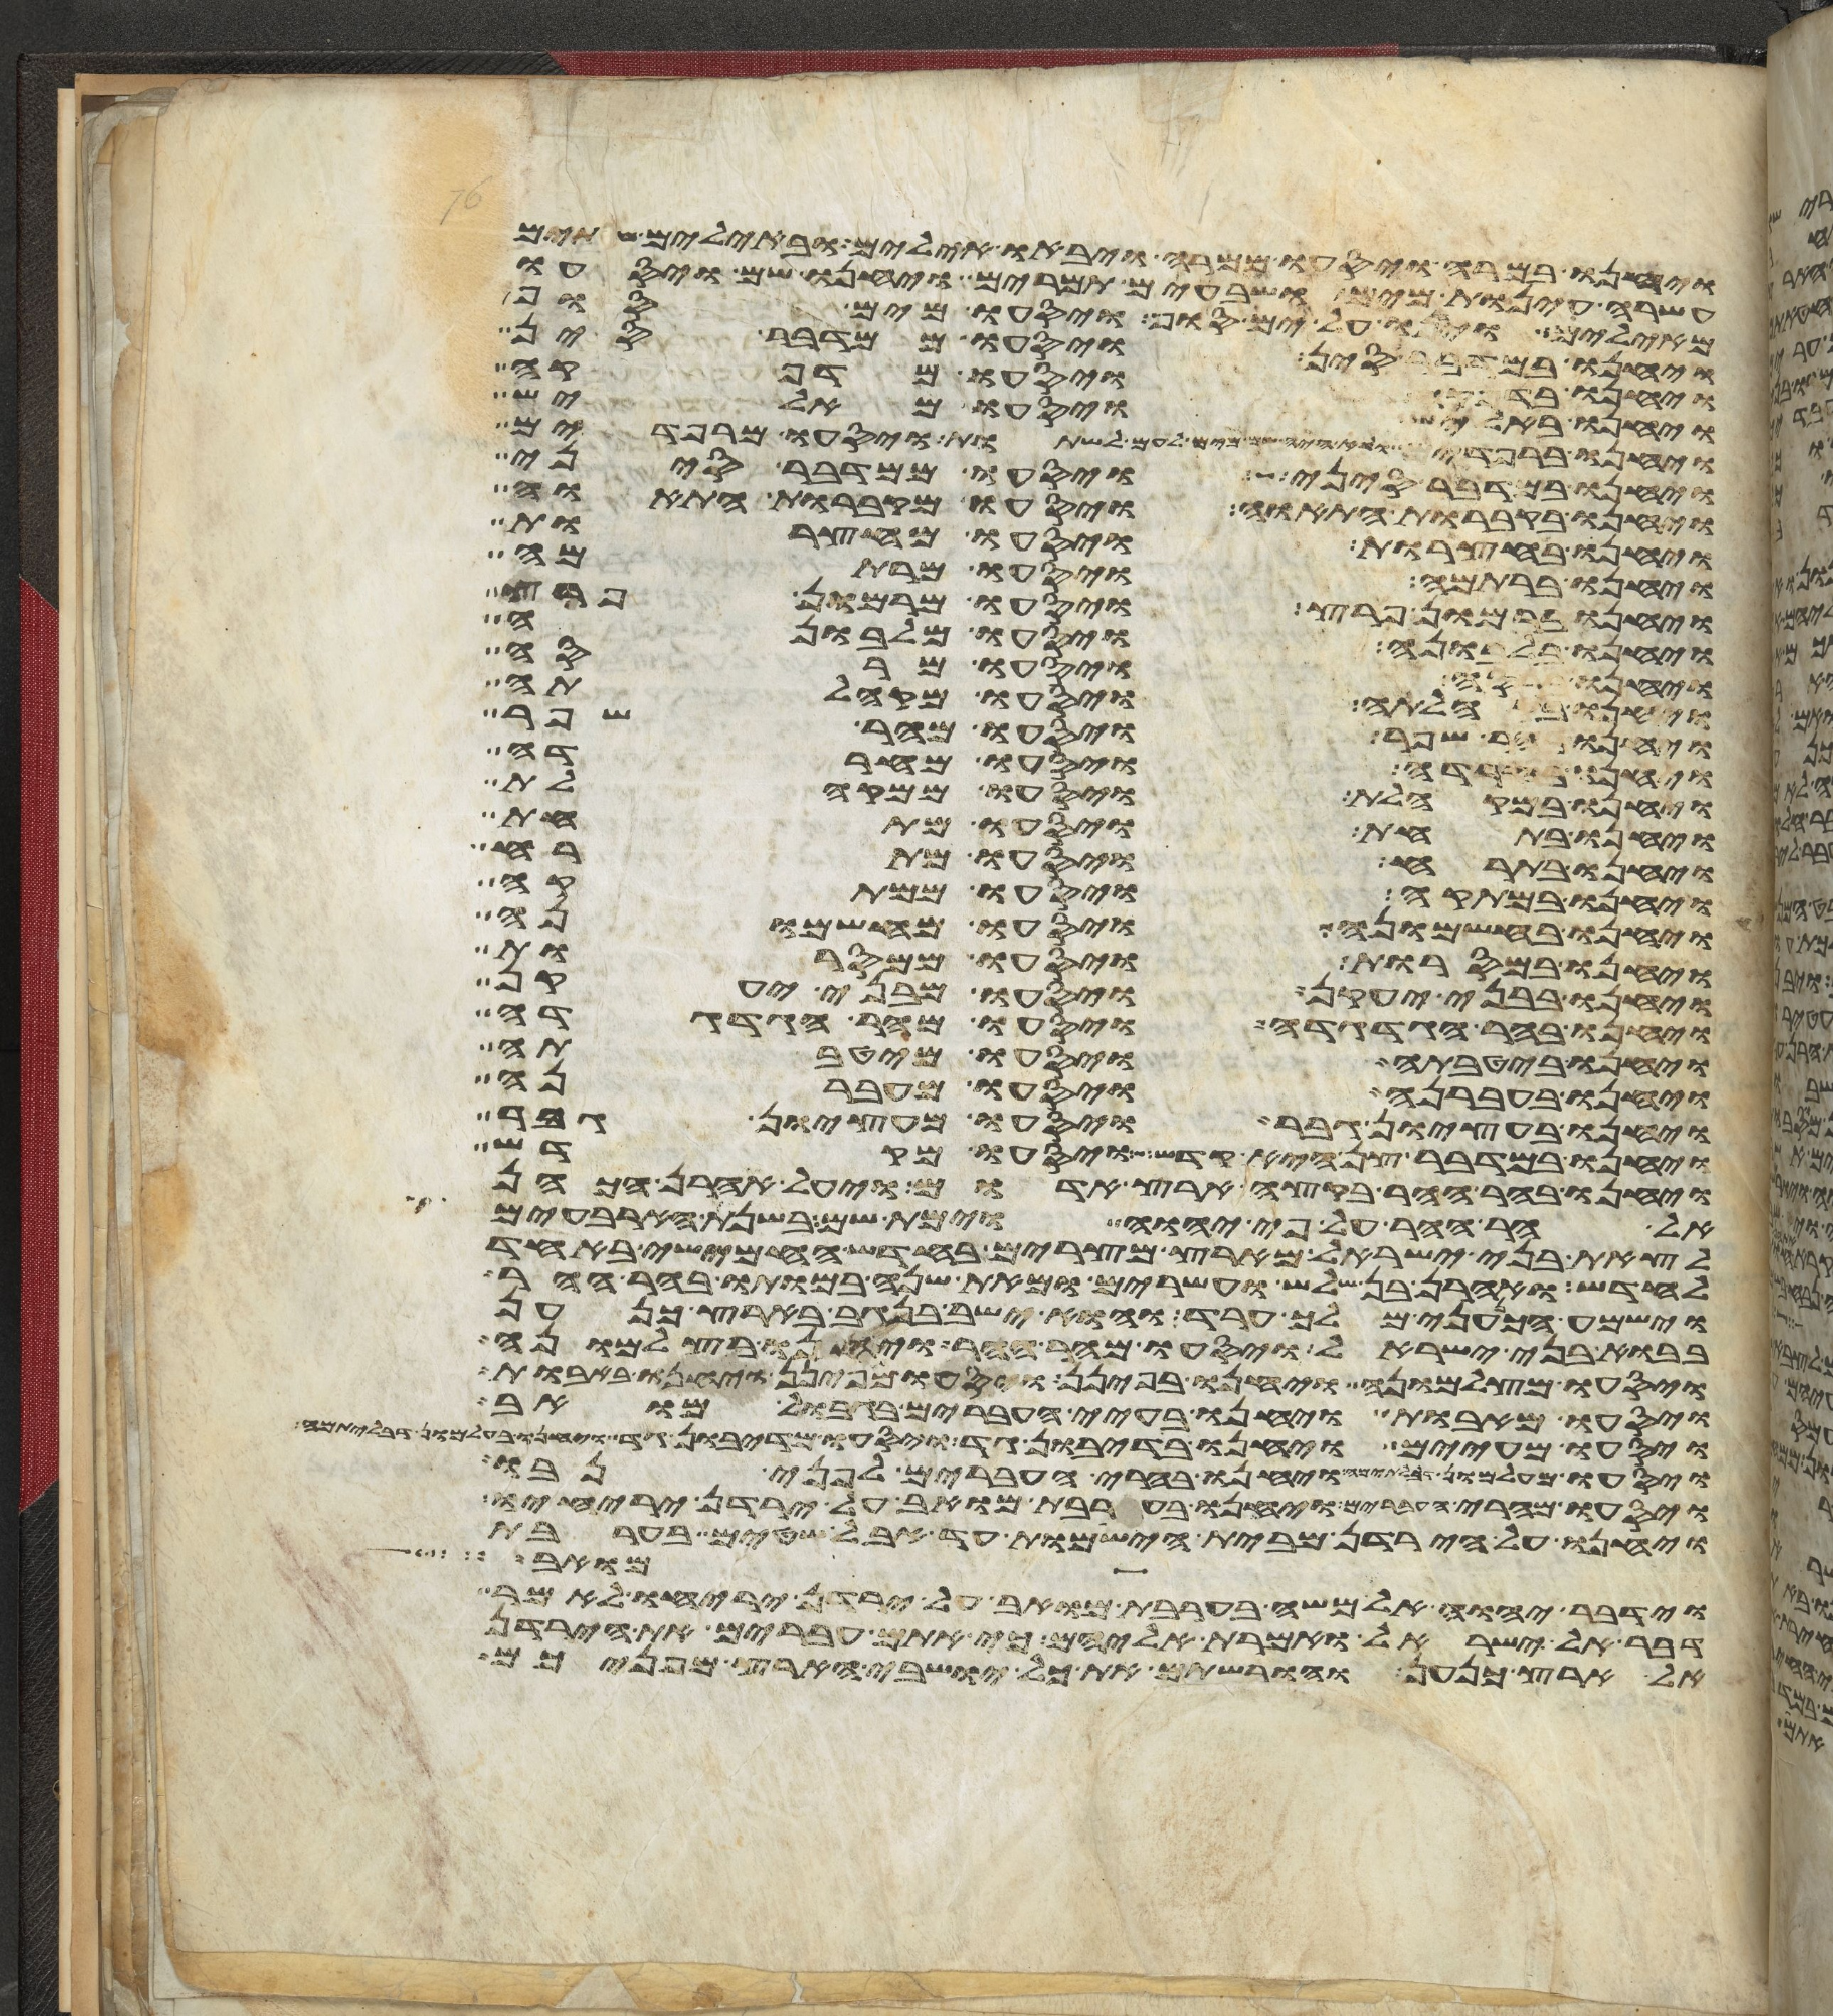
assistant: ויחנו במרה ויסעו ממרה ויבאו אילים ובאילים שתים
עשרה עינות מים ושבעים תמרים ויחנו שם ויסעו
מאילים ויחנו על ים סוף ויסעו מים סוף
ויחנו במדבר סין ויסעו ממדבר סין
ויחנו בדפקה ויסעו מדפקה
ויחנו באליש ויסעו מאליש
ויחנו ברפידים ולא היה שם מים לעם לשתות ויסעו מרפידים
ויחנו במדבר סיני ויסעו ממדבר סיני
ויחנו בקברות התאוה ויסעו מקברות התאוה
ויחנו בחצרות ויסעו מחצרות
ויחנו ברתמה ויסעו מרתמה
ויחנו ברמון פרץ ויסעו מרמון פרץ
ויחנו בלבונה ויסעו מלבונה
ויחנו ברסה ויסעו מרסה
ויחנו בקהלתה ויסעו מקהלתה
ויחנו בהר שפר ויסעו מהר שפר
ויחנו בחרדה ויסעו מחרדה
ויחנו במקהלת ויסעו ממקהלת
ויחנו בתחת ויסעו מתחת
ויחנו בתרח ויסעו מתרח
ויחנו במתקה ויסעו ממתקה
ויחנו בחשמונה ויסעו מחשמונה
ויחנו במסרות ויסעו ממסרות
ויחנו בבני יעקן ויסעו מבני יעקן
ויחנו בהר הגדגדה ויסעו מהר הגדגדה
ויחנו ביטבתה ויסעו מיטבתה
ויחנו בעברנה ויסעו מעברנה
ויחנו בעציון גבר ויסעו מעציון גבר
ויחנו במדבר צן היא קדש ויסעו מקדש
ויחנו בהר ההר בקצה ארץ אדום ויעל אהרן הכהן
אל הר ההר על פי יהוה וימת שם בשנת הארבעים
לצאת בני ישראל מארץ מצרים בחדש החמישי באחד
לחדש ואהרן בן שלש ועשרים ומאת שנה במותו בהר ההר
וישמע הכנעני מלך ערד והוא ישב בנגב בארץ כנען
בבוא בני ישראל ויסעו מהר ההר ויחנו בצלמונה
ויסעו מצלמונה ויחנו בפינן ויסעו מפינן ויחנו באבות
ויסעו מאבות ויחנו בעיי העברים בגבול מואב
ויסעו מעיים ויחנו בדיבון גד ויסעו מדיבון גד ויחנו בעלמון דבלתימה
ויסעו מעלמון דבלתימה ויחנו בהרי העברים לפני נבו
ויסעו מהרי העברים ויחנו בערבת מואב על ירדן יריחו
ויחנו על הירדן מבית הישמות עד אבל שטים בערבת
מואב
וידבר יהוה אל משה בערבת מואב על ירדן יריחו לאמר
דבר אל בני ישראל ואמרת אליהם כי אתם עברים את הירדן
אל ארץ כנען והורשתם את כל ישבי הארץ מפניכם